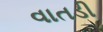
વાતડી